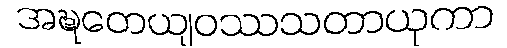
အဍ္ဎတေယျဝဿသတာယုကာ